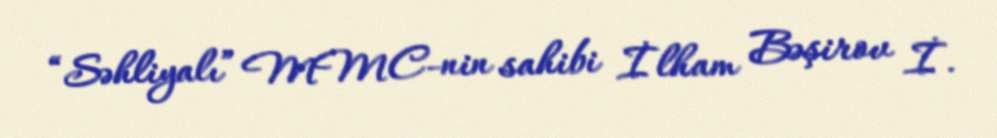
“Səhliyalı” MMC-nin sahibi İlham Bəşirov İ.